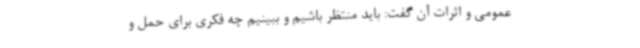
عمومی و اثرات آن گفت: باید منتظر باشیم و ببینیم چه فکری برای حمل و